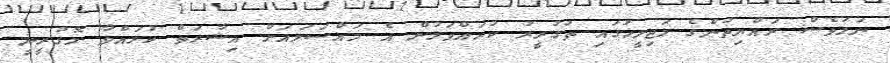
ނަމަވެސް ރައްޔިތުންގެ މަޖިލީހުގައި ތަގުރީރު ކުރައްވަމުން އެ މައްސަލައަށް އިޝާރަތް ކުރައްވާ މޮގުރީނީ